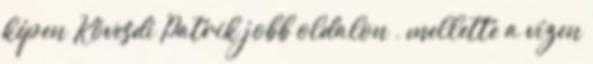
képen Kövesdi Patrik jobb oldalon , mellette a vízen